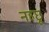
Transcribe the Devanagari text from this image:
नहछू